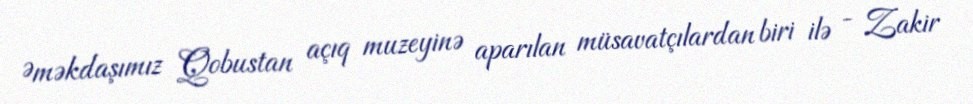
Əməkdaşımız Qobustan açıq muzeyinə aparılan müsavatçılardan biri ilə - Zakir